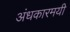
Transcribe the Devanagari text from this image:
अंधकारमयी